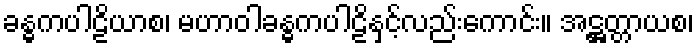
ခန္ဓကပါဠိယာစ၊ မဟာဝါခန္ဓကပါဠိနှင့်လည်းကောင်း။ အဋ္ဌတ္တာယစ၊